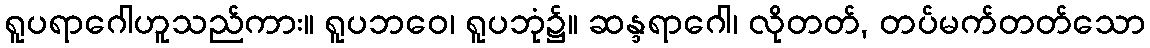
ရူပရာဂေါဟူသည်ကား။ ရူပဘဝေ၊ ရူပဘုံ၌။ ဆန္ဒရာဂေါ၊ လိုတတ်, တပ်မက်တတ်သော